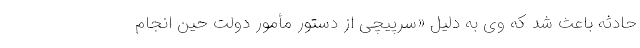
حادثه باعث شد که وی به دلیل «سرپیچی از دستور مأمور دولت حین انجام